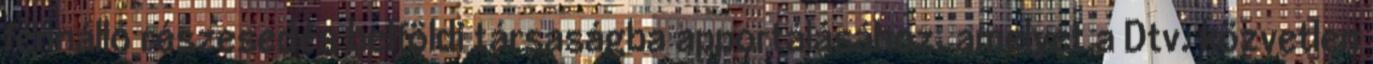
fennálló részesedés belföldi társaságba apportálásához, amelyet a Dtv. közvetlen